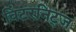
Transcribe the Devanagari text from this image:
विंटरनिट्ज